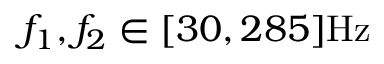
f _ { 1 } , f _ { 2 } \in [ 3 0 , 2 8 5 ] \mathrm { H z }